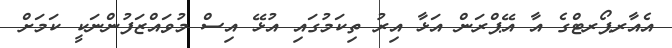
އެއާރޕޯރޓްގެ އާ އޭޕްރަން އަޅާ އިރު ތިކަމުގައި އުޅޭ އިސް މުވައްޒަފުންނަކީ ކަމަށް